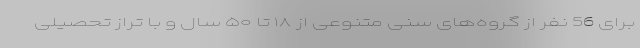
برای 56 نفر از گروه‌های سنی متنوعی از ۱۸ تا ۵۰ سال و با تراز تحصیلی